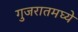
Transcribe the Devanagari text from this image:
गुजरातमघ्ये